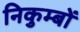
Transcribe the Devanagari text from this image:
निकुम्बों